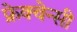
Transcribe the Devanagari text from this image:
फ्रेक्वेन्सी